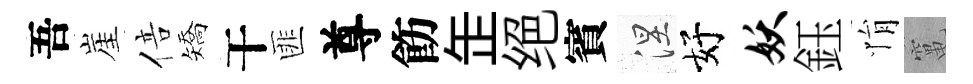
吾崖倍矯干匪尊飭𦈢绝賓涅好妖鈺悁𥧄